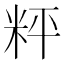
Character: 𥹒